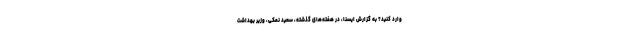
وارد کنید؟ به گزارش ایسنا، در هفته‌های گذشته، سعید نمکی، وزیر بهداشت